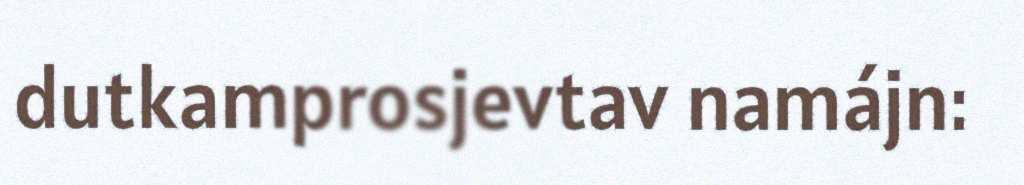
dutkamprosjevtav namájn: